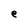
Character: e